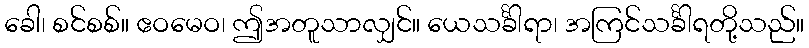
ခေါ၊ စင်စစ်။ ဧဝမေဝ၊ ဤအတူသာလျှင်။ ယေသင်္ခါရာ၊ အကြင်သင်္ခါရတို့သည်။